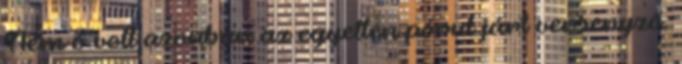
Nem ő volt azonban az egyetlen pórul járt versenyző.